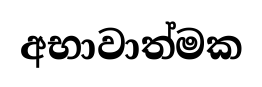
අභාවාත්මක